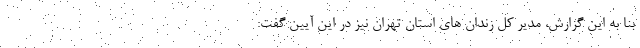
بنا به این گزارش، مدیر کل زندان های استان تهران نیز در این آیین گفت: